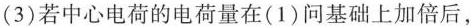
(3)若中心电荷的电荷量在(1)问基础上加倍后，